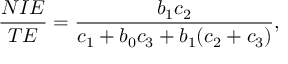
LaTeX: { \frac { N I E } { T E } } = { \frac { b _ { 1 } c _ { 2 } } { c _ { 1 } + b _ { 0 } c _ { 3 } + b _ { 1 } ( c _ { 2 } + c _ { 3 } ) } } ,